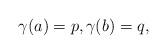
LaTeX: \begin{align*}\gamma(a) = p, \gamma(b) = q,\end{align*}